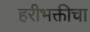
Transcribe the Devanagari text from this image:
हरीभक्तीचा